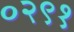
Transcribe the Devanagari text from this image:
०२९१